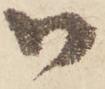
御